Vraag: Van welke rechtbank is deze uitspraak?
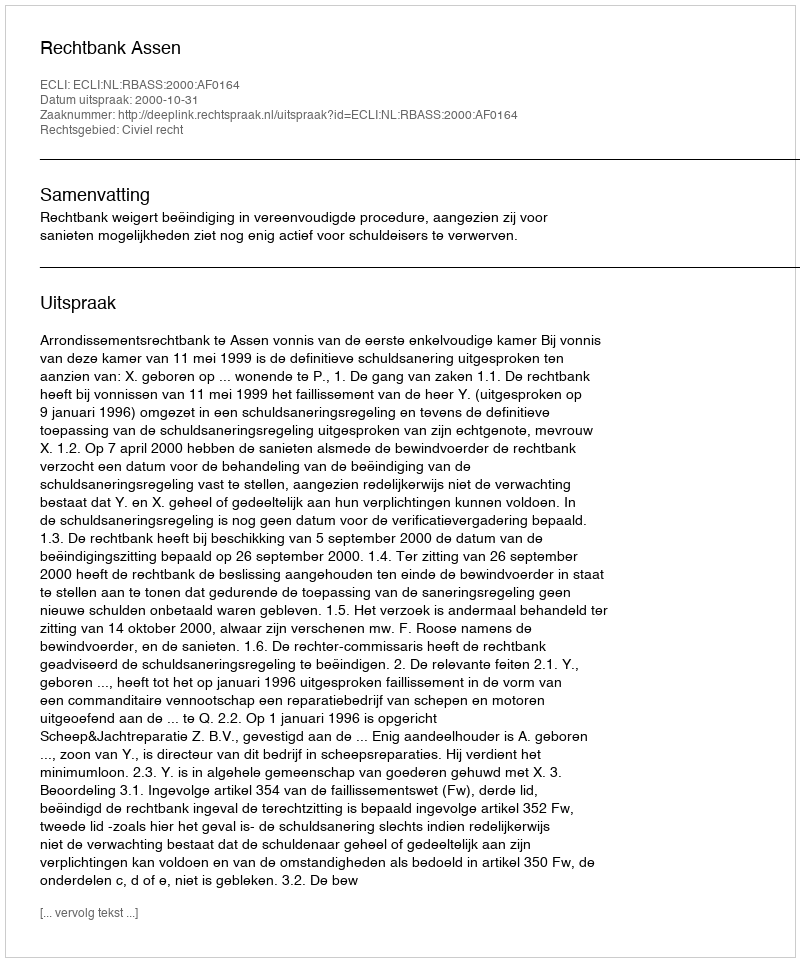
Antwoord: Rechtbank Assen